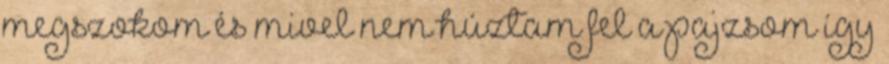
megszokom és mivel nem húztam fel a pajzsom így